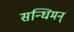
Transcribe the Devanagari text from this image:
सन्धिमन्